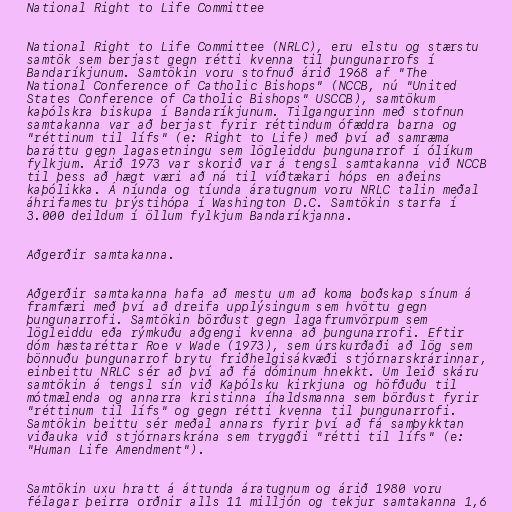
National Right to Life Committee

National Right to Life Committee (NRLC), eru elstu og stærstu
samtök sem berjast gegn rétti kvenna til þungunarrofs í
Bandaríkjunum. Samtökin voru stofnuð árið 1968 af "The
National Conference of Catholic Bishops" (NCCB, nú "United
States Conference of Catholic Bishops" USCCB), samtökum
kaþólskra biskupa í Bandaríkjunum. Tilgangurinn með stofnun
samtakanna var að berjast fyrir réttindum ófæddra barna og
"réttinum til lífs" (e: Right to Life) með því að samræma
baráttu gegn lagasetningu sem lögleiddu þungunarrof í ólíkum
fylkjum. Árið 1973 var skorið var á tengsl samtakanna við NCCB
til þess að hægt væri að ná til víðtækari hóps en aðeins
kaþólikka. Á níunda og tíunda áratugnum voru NRLC talin meðal
áhrifamestu þrýstihópa í Washington D.C. Samtökin starfa í
3.000 deildum í öllum fylkjum Bandaríkjanna.

Aðgerðir samtakanna.

Aðgerðir samtakanna hafa að mestu um að koma boðskap sínum á
framfæri með því að dreifa upplýsingum sem hvöttu gegn
þungunarrofi. Samtökin börðust gegn lagafrumvörpum sem
lögleiddu eða rýmkuðu aðgengi kvenna að þungunarrofi. Eftir
dóm hæstaréttar Roe v Wade (1973), sem úrskurðaði að lög sem
bönnuðu þungunarrof brytu friðhelgisákvæði stjórnarskrárinnar,
einbeittu NRLC sér að því að fá dóminum hnekkt. Um leið skáru
samtökin á tengsl sín við Kaþólsku kirkjuna og höfðuðu til
mótmælenda og annarra kristinna íhaldsmanna sem börðust fyrir
"réttinum til lífs" og gegn rétti kvenna til þungunarrofi.
Samtökin beittu sér meðal annars fyrir því að fá samþykktan
viðauka við stjórnarskrána sem tryggði "rétti til lífs" (e:
"Human Life Amendment").

Samtökin uxu hratt á áttunda áratugnum og árið 1980 voru
félagar þeirra orðnir alls 11 milljón og tekjur samtakanna 1,6